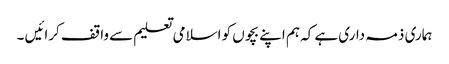
ہماری ذمہ داری ہے کہ ہم اپنے بچوں کو اسلامی تعلیم سے واقف کرائیں ۔